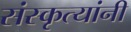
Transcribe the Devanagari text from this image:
संस्कृत्यांनी